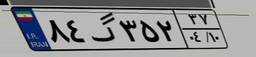
۵۸گ۳۳۴۷۳